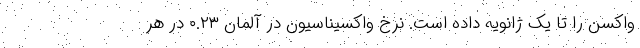
واکسن را تا یک ژانویه داده است. نرخ واکسیناسیون در آلمان ۰.۲۳ در هر